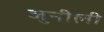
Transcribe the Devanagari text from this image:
जुनीली